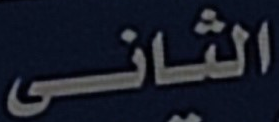
الثانى